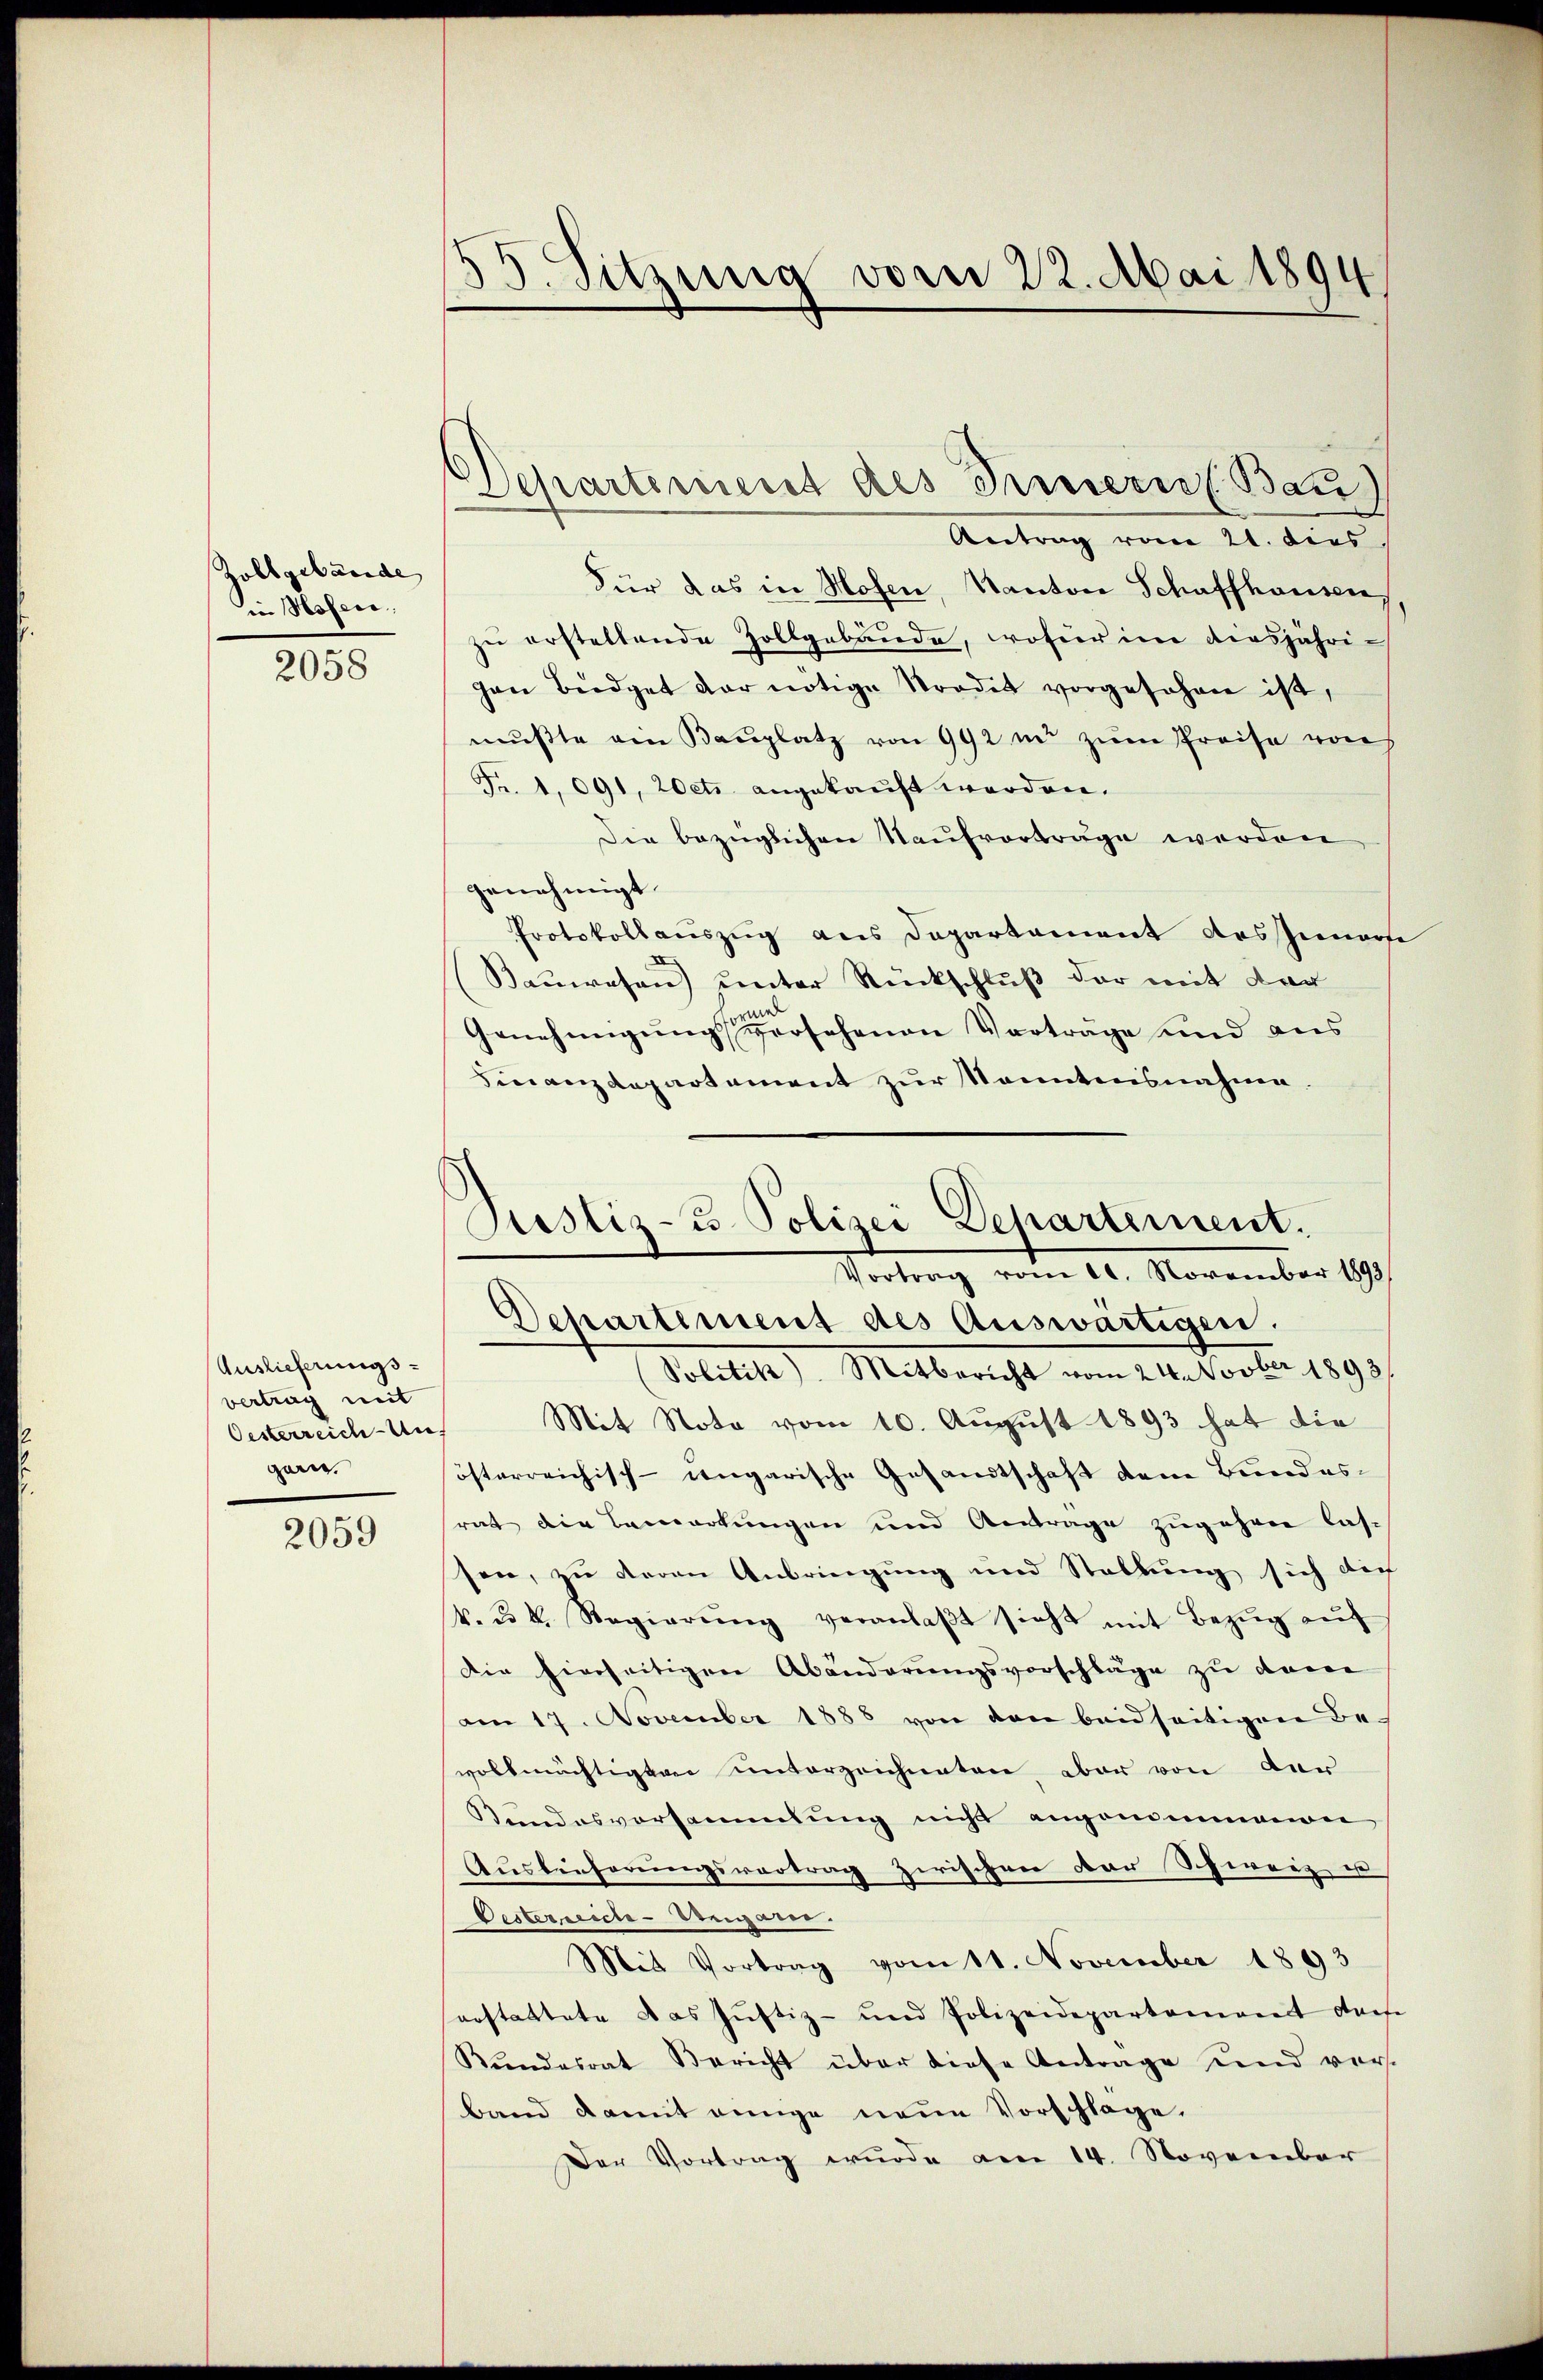
Zollgebäude
in Hosen.

2058

Auslieferungsvertrag mit
Oesterreich Auf
garn.

2059

55. Sitzung vom 22. Mai 1894

Departement des Irenerie Bau

Antrag vom 21. dies
Für das in Hofen, Kanton Schaffhausen,
zu ersteltende Zollgebäude, wofür in diesjährigen Büdget der nötige Strodet vorgesehen ist,
mŭsste am Baŭplatz von 992 in zŭm Preise von
Fr. 1091, 20etr angekauft werden.
Die bezüglichen Naufvorträge werden
genehmigt.
Protokollauszug aus Departement Aussienorte
(Baŭwesen ŭnter Rückschlŭβ der mit dar
d
Genehmigung versehenen Vortrage und aus
Finanzdepartement zur Kenntnisnahme.
Mit Note vom 10. August 1893 hat die
österreichisch-ungarische Gesandtschaft dem Bundesrat die Bemerkungen und Antrage zugehen las-
sen, zu deren Anbringung und Stellung sich dich
k. u. k. Regierŭng veranlaβt sicht mit Bezŭg aŭf
Die hierseitigen Abänderungsvorschläge zu dem
am 17. November 1888 von den beidseitigen Be-
vollmächtigten unterzeichneten, aber von der
Stundesversammlung nicht angenommenon
Ausleiherungsvortrag zwischen der Schweiz u
Oesterreiche - Semparer.
Mit Vortrag vom 11. November 1893
arstattete das Justiz- und Polizeidepartement diese
Kundesrat Bericht über diese Antrage sind ver-
Band damit einige neue Vorschlage.
Der Vortrag wurde am 14. November

Justiz- u. Polizei Departement.
Vertrag vom 10. November 1891
Separtement des Auswärtigen.
Politik). Mitbericht vom 24. Novber 1893